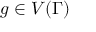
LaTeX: g \in V ( \Gamma )